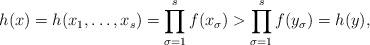
LaTeX: \begin{align*}h(x) = h(x_1, \ldots, x_s) = \prod_{\sigma = 1}^s f(x_{\sigma}) > \prod_{\sigma = 1}^s f(y_{\sigma}) = h(y),\end{align*}